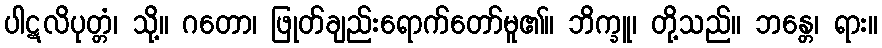
ပါဋလိပုတ္တံ၊ သို့။ ဂတော၊ ဖြုတ်ချည်းရောက်တော်မူ၏။ ဘိက္ခူ၊ တို့သည်။ ဘန္တေ၊ ရား။